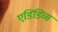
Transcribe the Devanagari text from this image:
एडिडिव्स